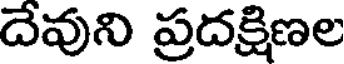
దేవుని ప్రదక్షిణల